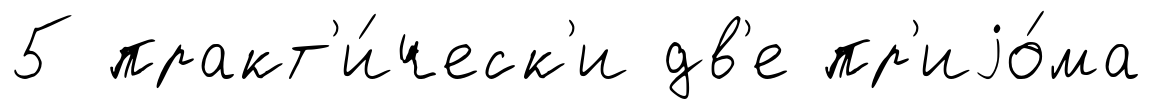
5 практ'и́ческ'и дв'е пр'иjо́ма